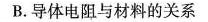
B.导体电阻与材料的关系